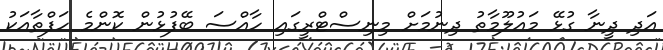
އަދި ދީނާ ގުޅޭ މައުލޫމާތު ދިނުމަށް މިނިސްޓްރީގައި ހާއްސަ ބޭފުޅުން ކޮންމެ ހަފްތާއަކު